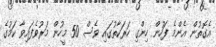
އެގޮތުން އެންމެ ފަހުން ހިންގި ހަރަކާތުގައި ވެސް 50 މީހުން މަރުވެފައިވާ ކަމުގެ